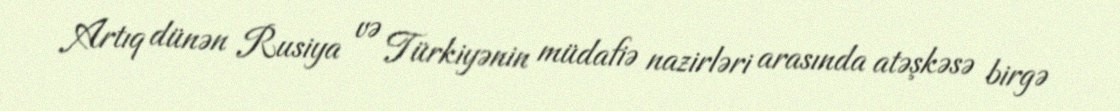
Artıq dünən Rusiya və Türkiyənin müdafiə nazirləri arasında atəşkəsə birgə